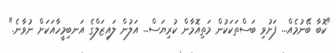
"ކޮބާ ބޭނުމެއް... ފަށުވި ބަސްތަކަކުން މަތިއޮމާން ކުރިޔަސް... އަލުން ލައިޒަލްގެ އަނބިމީހާއަކަށް ނުވާނެ."